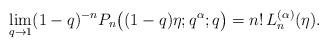
LaTeX: \begin{align*} \lim_{q\to 1}(1-q)^{-n}P_n\bigl((1-q)\eta;q^{\alpha};q\bigr) =n!\,L^{(\alpha)}_n(\eta).\end{align*}